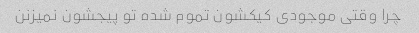
چرا وقتی موجودی کیکشون تموم شده تو پیجشون نمیزنن